Indian journal of veterinary science and animal husbandry - Volume 11,
Year: 1941
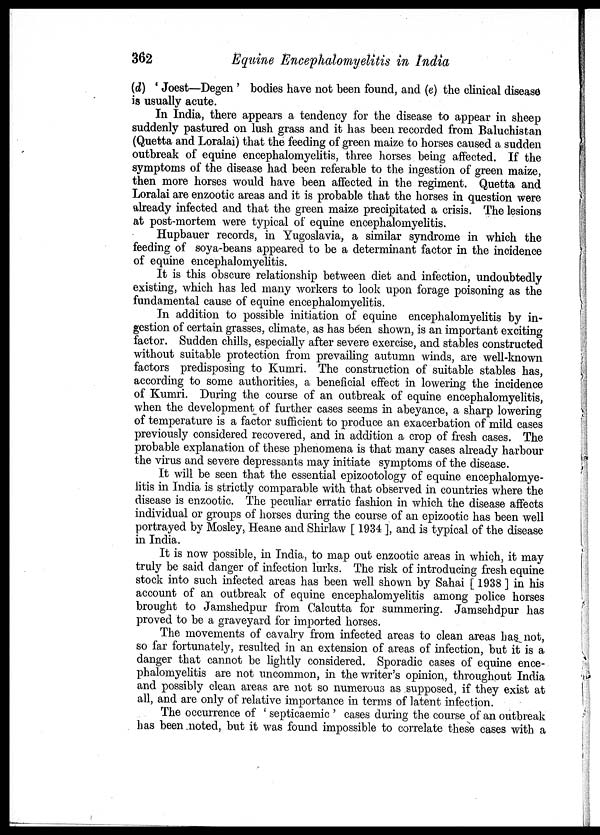
362
Equine Encephalomyelitis in India
(d) ' Joest—Degen ' bodies have not been found, and (e) the clinical disease
is usually acute.
In India, there appears a tendency for the disease to appear in sheep
suddenly pastured on lush grass and it has been recorded from Baluchistan
(Quetta and Loralai) that the feeding of green maize to horses caused a sudden
outbreak of equine encephalomyelitis, three horses being affected. If the
symptoms of the disease had been referable to the ingestion of green maize,
then more horses would have been affected in the regiment. Quetta and
Loralai are enzootic areas and it is probable that the horses in question were
already infected and that the green maize precipitated a crisis. The lesions
at post-mortem were typical of equine encephalomyelitis.
Hupbauer records, in Yugoslavia, a similar syndrome in which the
feeding of soya-beans appeared to be a determinant factor in the incidence
of equine encephalomyelitis.
It is this obscure relationship between diet and infection, undoubtedly
existing, which has led many workers to look upon forage poisoning as the
fundamental cause of equine encephalomyelitis.
In addition to possible initiation of equine encephalomyelitis by in-
gestion of certain grasses, climate, as has been shown, is an important exciting
factor. Sudden chills, especially after severe exercise, and stables constructed
without suitable protection from prevailing autumn winds, are well-known
factors predisposing to Kumri. The construction of suitable stables has,
according to some authorities, a beneficial effect in lowering the incidence
of Kumri. During the course of an outbreak of equine encephalomyelitis,
when the development of further cases seems in abeyance, a sharp lowering
of temperature is a factor sufficient to produce an exacerbation of mild cases
previously considered recovered, and in addition a crop of fresh cases. The
probable explanation of these phenomena is that many cases already harbour
the virus and severe depressants may initiate symptoms of the disease.
It will be seen that the essential epizootology of equine encephalomye-
litis in India is strictly comparable with that observed in countries where the
disease is enzootic. The peculiar erratic fashion in which the disease affects
individual or groups of horses during the course of an epizootic has been well
portrayed by Mosley, Heane and Shirlaw [ 1934 ], and is typical of the disease
in India.
It is now possible, in India, to map out enzootic areas in which, it may
truly be said danger of infection lurks. The risk of introducing fresh equine
stock into such infected areas has been well shown by Sahai [ 1938 ] in his
account of an outbreak of equine encephalomyelitis among police horses
brought to Jamshedpur from Calcutta for summering. Jamsehdpur has
proved to be a graveyard for imported horses.
The movements of cavalry from infected areas to clean areas has not,
so far fortunately, resulted in an extension of areas of infection, but it is a
danger that cannot be lightly considered. Sporadic cases of equine ence-
phalomyelitis are not uncommon, in the writer's opinion, throughout India
and possibly clean areas are not so numerous as supposed, if they exist at
all, and are only of relative importance in terms of latent infection.
The occurrence of ' septicaemic ' cases during the course of an outbreak
has been noted, but it was found impossible to correlate these cases with a